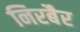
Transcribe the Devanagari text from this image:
निरबैर